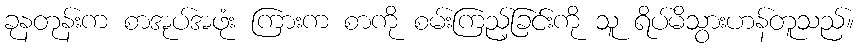
ခုနတုန်းက စာအုပ်အဖုံး ကြားက စာကို စမ်းကြည့်ခြင်းကို သူ ရိပ်မိသွားဟန်တူသည်။